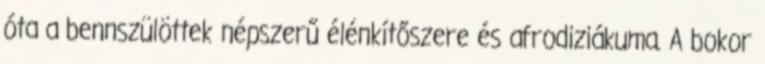
óta a bennszülöttek népszerű élénkítőszere és afrodiziákuma. A bokor